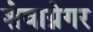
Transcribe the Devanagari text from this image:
शेवाग्नेगर